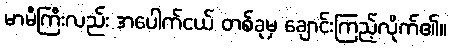
မာမီကြီးလည်း အပေါက်ငယ် တစ်ခုမှ ချောင်းကြည့်လိုက်၏။